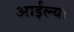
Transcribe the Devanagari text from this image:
आईल्या